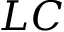
L C